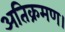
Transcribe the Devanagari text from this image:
अतिक्रमण।